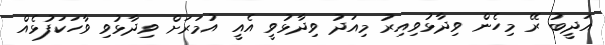
އަދީބު ރޭ މިހެން ވިދާޅުވިއިރު މިއަދު ވިދާޅުވީ އެއީ އުމަރަށް ވިދާޅުވި ވާހަކަފުޅެއް